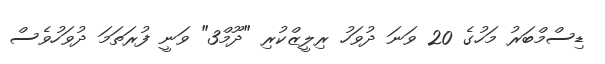
ޑިސްމްބަރު މަހުގެ 20 ވަނަ ދުވަހު ރިލީޒްކުރި "ދޫމް3" ވަނީ ފުރަތަމަ ދުވަހުވެސް